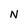
Character: N